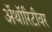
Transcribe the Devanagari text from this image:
ॲथॉरिटीवर